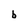
Character: b